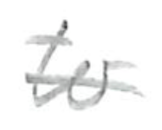
Text: to
Cross-out: single-line
Writing tool: pencil